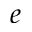
e